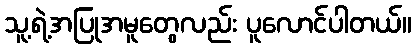
သူ့ရဲ့အပြုအမူတွေလည်း ပူလောင်ပါတယ်။